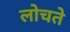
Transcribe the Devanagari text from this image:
लोचते